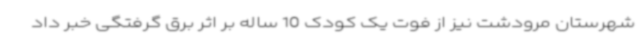
شهرستان مرودشت نیز از فوت یک کودک 10 ساله بر اثر برق گرفتگی خبر داد